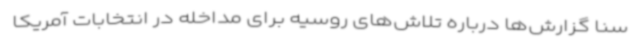
سنا گزارش‌ها درباره تلاش‌های روسیه برای مداخله در انتخابات آمریکا